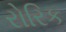
રોરિક